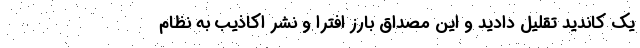
یک کاندید تقلیل دادید و این مصداق بارز افترا و نشر اکاذیب به نظام